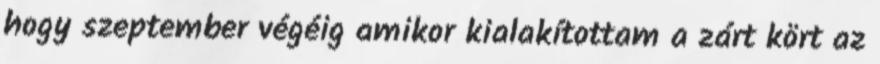
hogy szeptember végéig amikor kialakítottam a zárt kört az